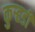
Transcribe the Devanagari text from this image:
कुऱ्हडी